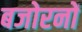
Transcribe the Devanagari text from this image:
बजोरनों